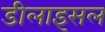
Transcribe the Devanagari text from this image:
डीलाइसल